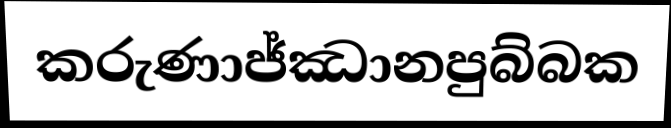
කරුණාජ්ඣානපුබ්බක